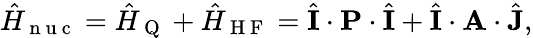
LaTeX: \hat{H}_{\mathrm{~n~u~c~}}=\hat{H}_{\mathrm{~Q~}}+\hat{H}_{\mathrm{~H~F~}}=\hat{\mathbf{I}}\cdot\mathbf{P}\cdot\hat{\mathbf{I}}+\hat{\mathbf{I}}\cdot\mathbf{A}\cdot\hat{\mathbf{J}},